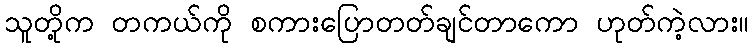
သူတို့က တကယ်ကို စကားပြောတတ်ချင်တာကော ဟုတ်ကဲ့လား။